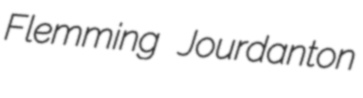
Flemming Jourdanton